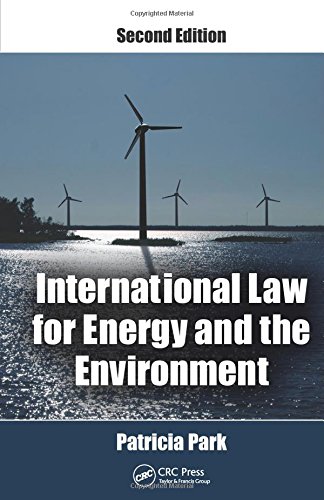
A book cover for International Law for Energy and the Environment, Second Edition; Patricia Park; Law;